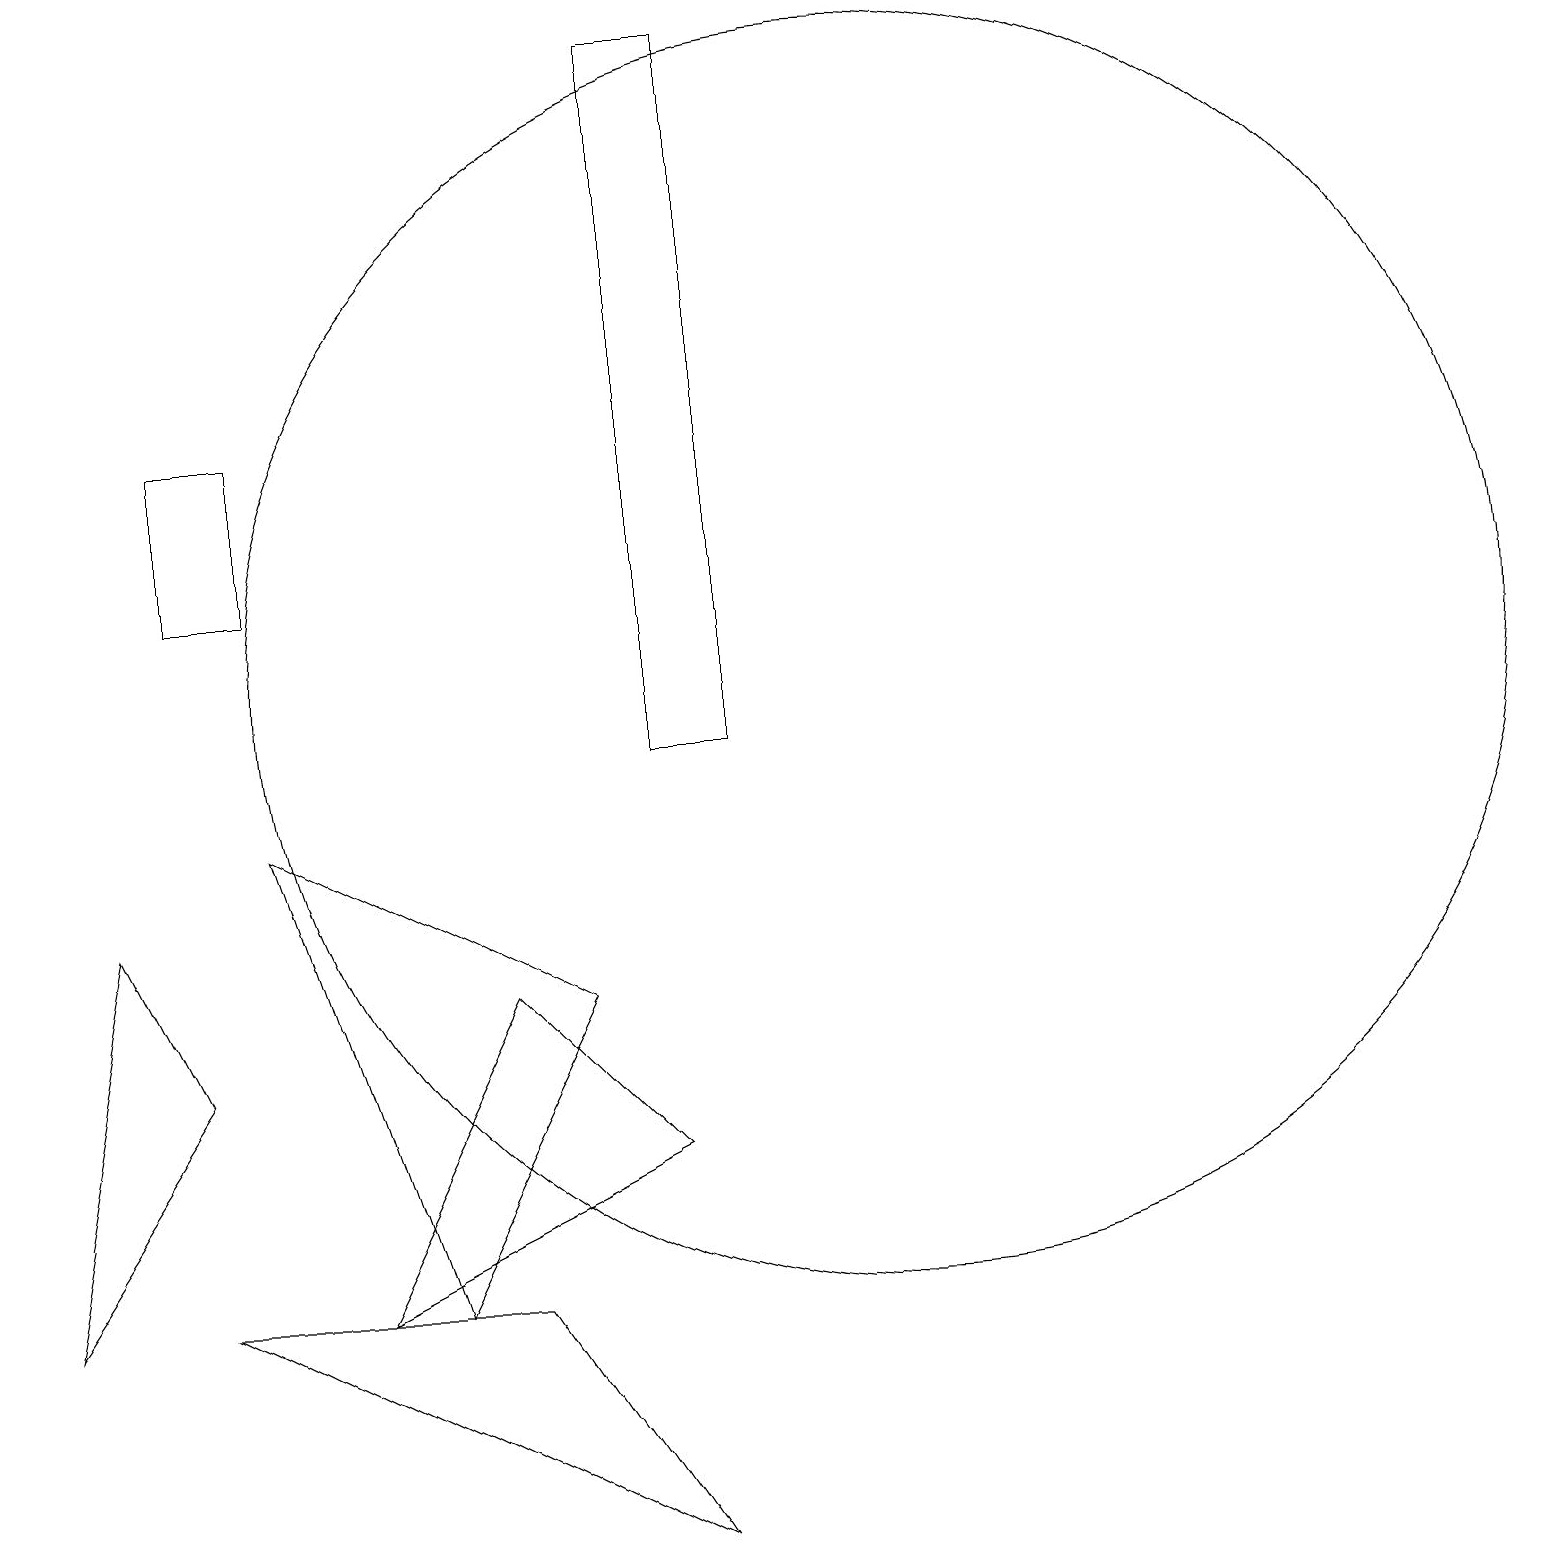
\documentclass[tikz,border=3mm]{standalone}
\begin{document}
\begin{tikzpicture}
\draw (8,5) -- (4,3) -- (6,7) -- cycle;
\draw (0,3) -- (1,8) -- (2,6) -- cycle;
\draw (11,11) circle (8);
\draw (3,9) -- (5,3) -- (7,7) -- cycle;
\draw (2,3) -- (6,3) -- (8,0) -- cycle;
\draw (9,19) rectangle (8,10);
\draw (2,12) rectangle (3,14);
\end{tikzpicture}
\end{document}